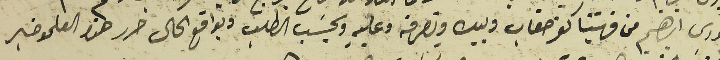
الخوري ابراهيم من قريتنا كفرصغاب وبيده وتصرفه وعليهِ وبحسَب الطلب وبواقع الحال حرر هذا العلم وخبر